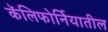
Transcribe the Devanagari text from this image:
कॅलिफाेर्नियातील